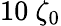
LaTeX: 10~\zeta_{0}